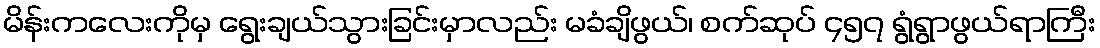
မိန်းကလေးကိုမှ ရွေးချယ်သွားခြင်းမှာလည်း မခံချိဖွယ်၊ စက်ဆုပ် ၄၅၇ ရွံရွာဖွယ်ရာကြီး